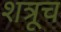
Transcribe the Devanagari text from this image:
शत्रूच